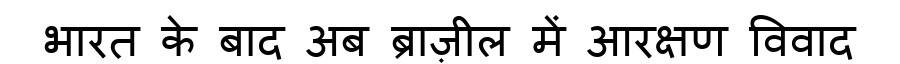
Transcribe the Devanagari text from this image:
भारत के बाद अब ब्राज़ील में आरक्षण विवाद